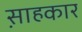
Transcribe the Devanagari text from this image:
स़ाहकार